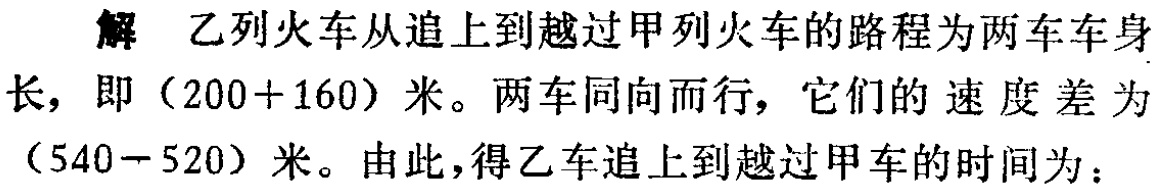
解 乙列火车从追上到越过甲列火车的路程为两车车身长，即\((200 + 160)\)米。两车同向而行，它们的速度差为\((540 - 520)\)米。由此，得乙车追上到越过甲车的时间为：